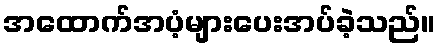
အထောက်အပံ့များပေးအပ်ခဲ့သည်။